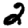
Digit: 2